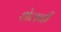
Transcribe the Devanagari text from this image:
शेलबी